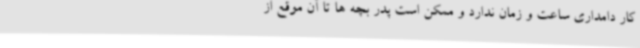
کار دامداری ساعت و زمان ندارد و ممکن است پدر بچه ها تا آن موقع از